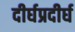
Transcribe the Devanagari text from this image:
दीर्घप्रदीर्घ